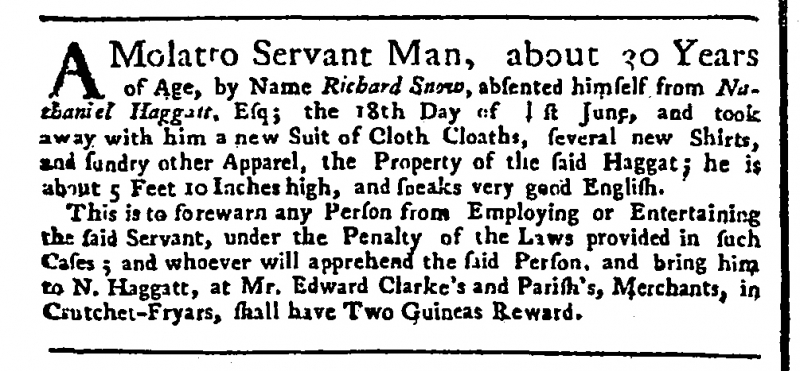
General Advertiser (1744), 4 July 1747 (England)
A Molatto Servant Man, about 30 Years of Age, by Name Richard Snow, absented himself from Nathaniel Haggatt, Esq; the 18th Day of last June, and took away with him a new Suit of Cloth Cloaths, several new Shirts, and sundry other Apparel, the Property of the said Haggat; he is about 5 Feet 10 Inches high, and speaks very good English.  This is to forewarn any Person from Employing or Entertaining the said Servant, under the Penalty of the Laws provided in such Cases; and whoever will apprehend the said Person, and bring him to N. Haggatt, at Mr. Edward Clarke’s and Parish’s, Merchants, in Crutchet-Fryars, shall have Two Guineas Reward.